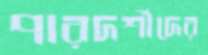
পারদর্শীদের